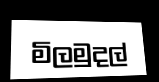
මිලමුදල්